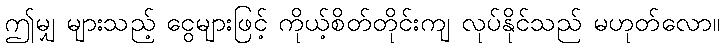
ဤမျှ များသည့် ငွေများဖြင့် ကိုယ့်စိတ်တိုင်းကျ လုပ်နိုင်သည် မဟုတ်လော။